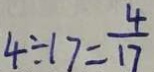
4 \div 1 7 = \frac { 4 } { 1 7 }